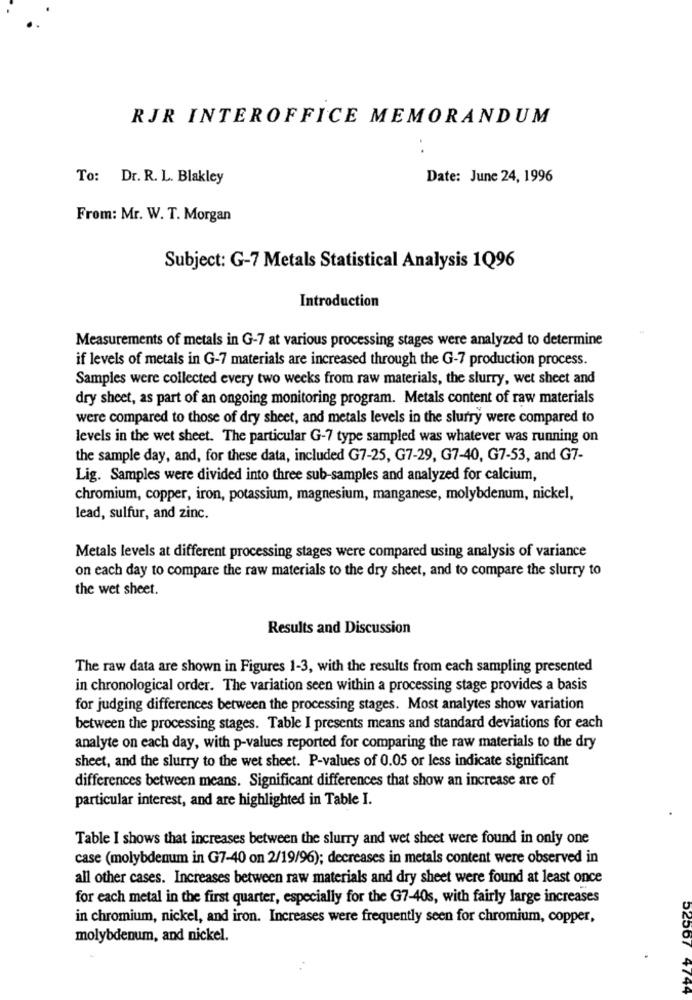
RJR INTEROFFICE MEMORANDUM
To: Dr. R. L. Blakley
Date: June 24, 1996
From: Mr. W. T. Morgan
Subject: G-7 Metals Statistical Analysis 1Q96
Introduction
Measurements of metals in G-7 at various processing stages were analyzed to determine
if levels of metals in G-7 materials are increased through the G-7 production process.
Samples were collected every two weeks from raw materials, the slurry, wet sheet and
dry sheet, as part of an ongoing monitoring program. Metals content of raw materials
were compared to those of dry sheet, and metals levels in the slurry were compared to
levels in the wet sheet. The particular G-7 type sampled was whatever was running on
the sample day, and, for these data, included G7-25, G7-29, G7-40, G7-53, and G7-
Lig. Samples were divided into three sub-samples and analyzed for calcium,
chromium, copper, iron, potassium, magnesium, manganese, molybdenum, nickel,
lead, sulfur, and zinc.
Metals levels at different processing stages were compared using analysis of variance
on each day to compare the raw materials to the dry sheet, and to compare the slurry to
the wet sheet.
Results and Discussion
The raw data are shown in Figures 1-3, with the results from each sampling presented
in chronological order. The variation seen within a processing stage provides a basis
for judging differences between the processing stages. Most analytes show variation
between the processing stages. Table I presents means and standard deviations for each
analyte on each day, with p-values reported for comparing the raw materials to the dry
sheet, and the slurry to the wet sheet. P-values of 0.05 or less indicate significant
differences between means. Significant differences that show an increase are of
particular interest, and are highlighted in Table I.
Table I shows that increases between the slurry and wet sheet were found in only one
case (molybdenum in G7-40 on 2/19/96); decreases in metals content were observed in
all other cases. Increases between raw materials and dry sheet were found at least once
for each metal in the first quarter, especially for the G7-40s, with fairly large increases
in chromium, nickel, and iron. Increases were frequently seen for chromium, copper,
molybdenum, and nickel.
52507 4744